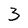
Character: 3